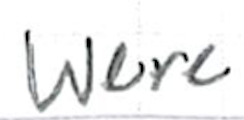
Text: were
Cross-out: clean
Writing tool: ballpoint